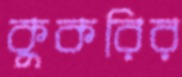
কুকরির